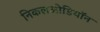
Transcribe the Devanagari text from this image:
निकलओडियॉन